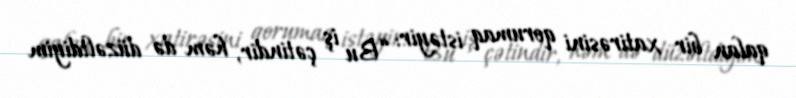
qalan bir xatirəsini qorumaq istəyir: “Bu iş çətindir, həm də düzəltdiyim